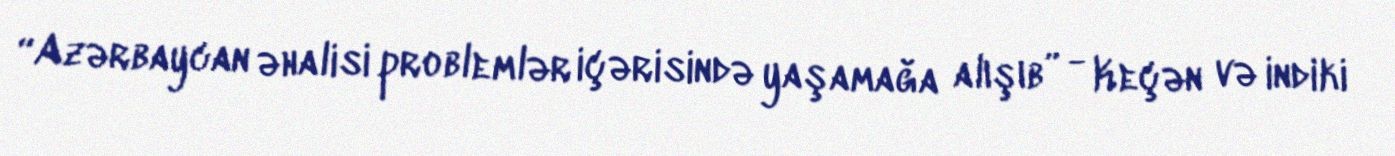
“Azərbaycan əhalisi problemlər içərisində yaşamağa alışıb” - Keçən və indiki